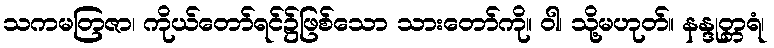
သကမတြဇာ၊ ကိုယ်တော်ရင်၌ဖြစ်သော သားတော်ကို။ ဝါ၊ သို့မဟုတ်။ နန္ဒုတ္တရံ၊